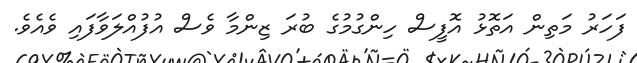
ފަހަރު މަތިން އަތޮޅު އޮފީސް ހިންގުމުގެ ބުރަ ޒިންމާ ވެސް އުފުއްލަވާފައި ވެއެވެ.